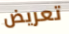
تعريض